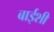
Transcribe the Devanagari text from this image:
बाईशी